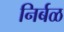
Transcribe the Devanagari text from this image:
निर्बळ